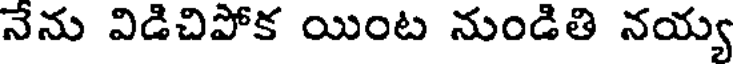
నేను విడిచిపోక యింట నుండితి నయ్య